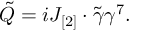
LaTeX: \tilde { Q } = i J _ { [ 2 ] } \cdot \tilde { \gamma } \gamma ^ { 7 } .